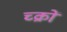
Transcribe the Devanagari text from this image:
च्क्रों